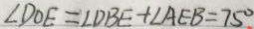
\angle D O E = \angle D B E + \angle A E B = 7 5 ^ { \circ }